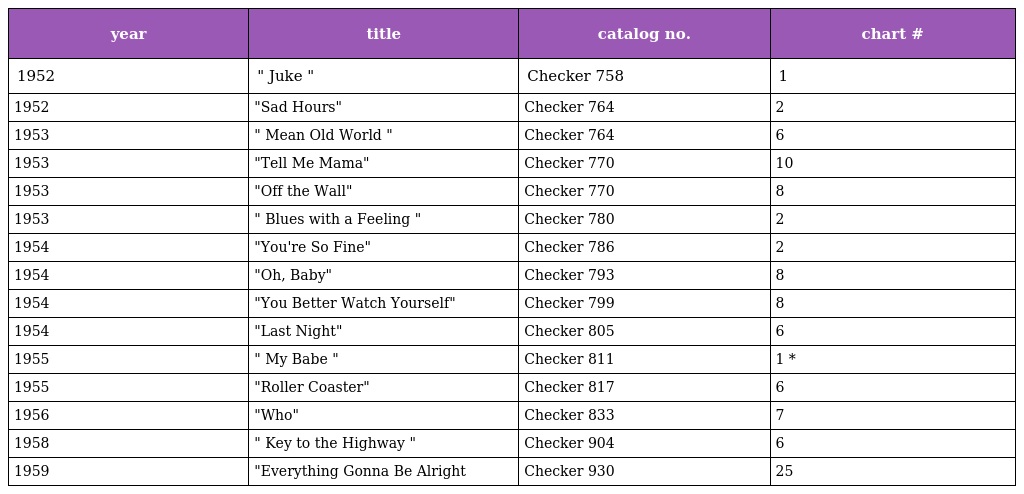
| year | title | catalog no. | chart # |
 | --- | --- | --- | --- |
 | 1952 | " Juke " | Checker 758 | 1 |
 | 1952 | "Sad Hours" | Checker 764 | 2 |
 | 1953 | " Mean Old World " | Checker 764 | 6 |
 | 1953 | "Tell Me Mama" | Checker 770 | 10 |
 | 1953 | "Off the Wall" | Checker 770 | 8 |
 | 1953 | " Blues with a Feeling " | Checker 780 | 2 |
 | 1954 | "You're So Fine" | Checker 786 | 2 |
 | 1954 | "Oh, Baby" | Checker 793 | 8 |
 | 1954 | "You Better Watch Yourself" | Checker 799 | 8 |
 | 1954 | "Last Night" | Checker 805 | 6 |
 | 1955 | " My Babe " | Checker 811 | 1 * |
 | 1955 | "Roller Coaster" | Checker 817 | 6 |
 | 1956 | "Who" | Checker 833 | 7 |
 | 1958 | " Key to the Highway " | Checker 904 | 6 |
 | 1959 | "Everything Gonna Be Alright | Checker 930 | 25 |